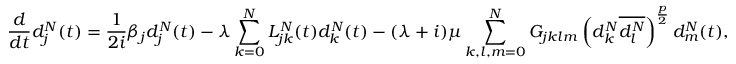
\frac { d } { d t } d _ { j } ^ { N } ( t ) = \frac { 1 } { 2 i } \beta _ { j } d _ { j } ^ { N } ( t ) - \lambda \sum _ { k = 0 } ^ { N } L _ { j k } ^ { N } ( t ) d _ { k } ^ { N } ( t ) - ( \lambda + i ) \mu \sum _ { k , l , m = 0 } ^ { N } G _ { j k l m } \left( d _ { k } ^ { N } \overline { { d _ { l } ^ { N } } } \right) ^ { \frac { p } { 2 } } d _ { m } ^ { N } ( t ) ,